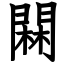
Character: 䦥